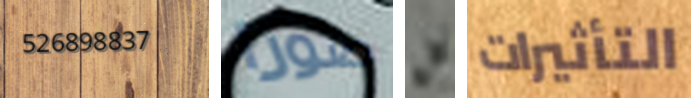
526898837 صورا بن التأثيرات